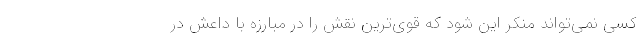
کسی نمی‌تواند منکر این شود که قوی‌ترین نقش را در مبارزه با داعش در